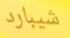
شيبارد